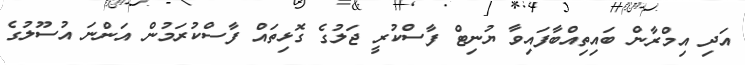
އަދި އިމްރާން ބައިތިއްބާފައިވާ ޔުނިޓް ފާސްކުރީ ޖަލުގެ ގޮޅިތައް ފާސްކުރަމުން އަންނަ އުސޫލުގެ